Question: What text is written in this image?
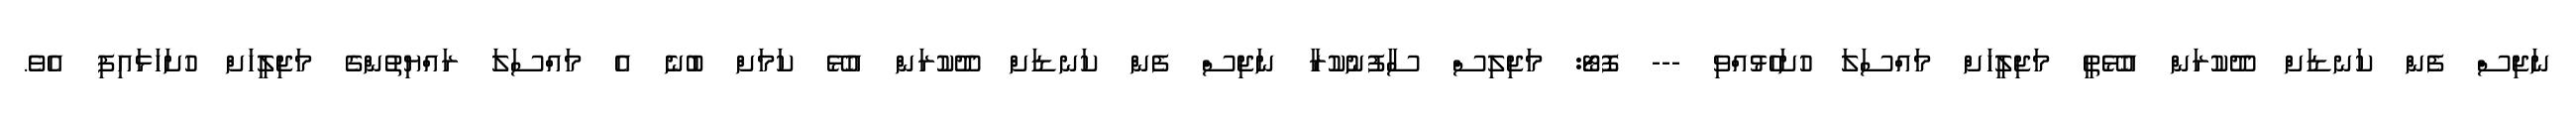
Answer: ނަޖިސް ފެން ކަނޑަށް ދޫކުރަން އުޅޭތީ މަޖިލީހަށް މައްސަލަ ހުށަހެޅުއްވި --- ފޮޓޯ: މަޖިލިސް ސާފުނުކުރާ ނަޖިސް ފެން ކަނޑަށް ދޫކުރަން އުޅޭ ކަމަށް ބުނެ އެ މައްސަލަ ރައްޔިތުންގެ މަޖިލީހަށް ހުށަހަޅައިފި އެވެ.